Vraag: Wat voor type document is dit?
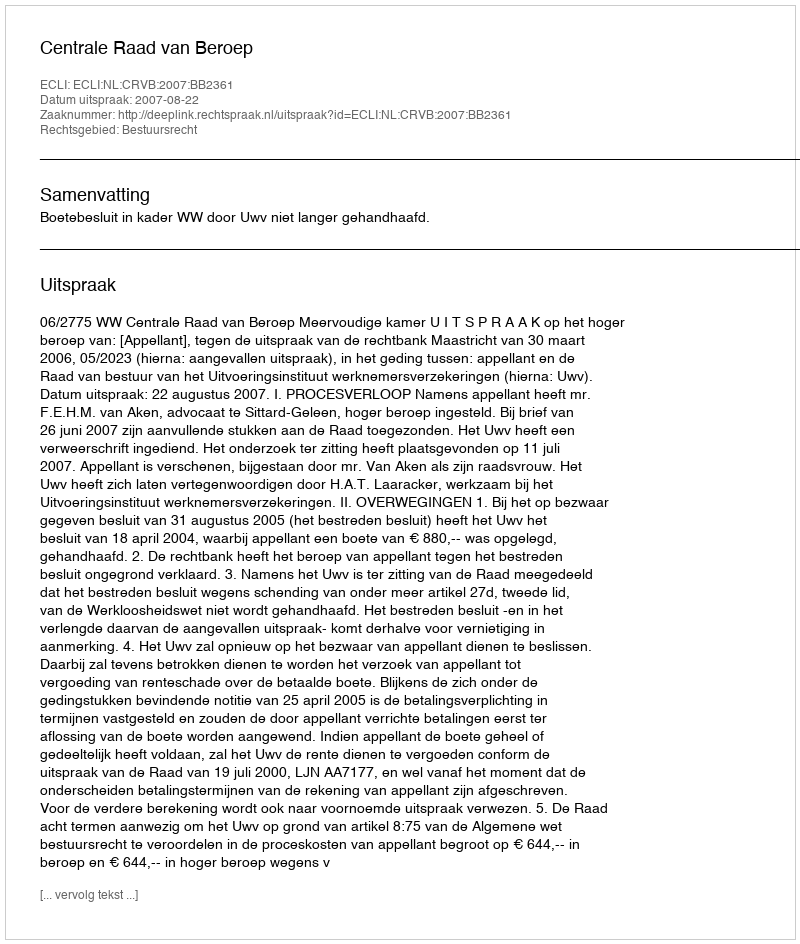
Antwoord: Uitspraak